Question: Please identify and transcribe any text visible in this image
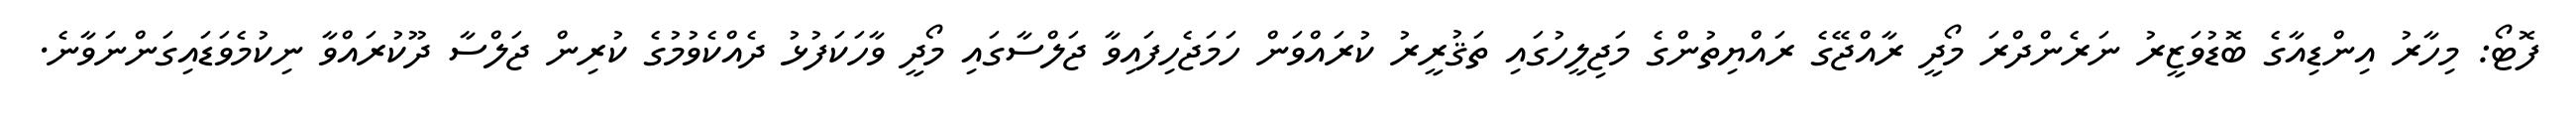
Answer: ފޮޓޯ: މިހާރު އިންޑިއާގެ ބޮޑުވަޒީރު ނަރެންދްރަ މޯދީ ރާއްޖޭގެ ރައްޔިތުންގެ މަޖިލީހުގައި ތަޤުރީރު ކުރައްވަން ހަމަޖެހިފައިވާ ޖަލްސާގައި މޯދީ ވާހަކަފުޅު ދެއްކެވުމުގެ ކުރިން ޖަލްސާ ދޫކުރައްވާ ނިކުމެވަޑައިގަންނަވާނެ.